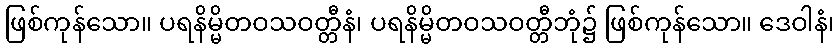
ဖြစ်ကုန်သော။ ပရနိမ္မိတဝသဝတ္တီနံ၊ ပရနိမ္မိတဝသဝတ္တီဘုံ၌ ဖြစ်ကုန်သော။ ဒေဝါနံ၊